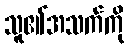
သူ၏အသက်ကို